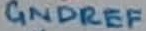
Text: GNDREF